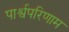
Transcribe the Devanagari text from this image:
पार्श्वपरिणाम